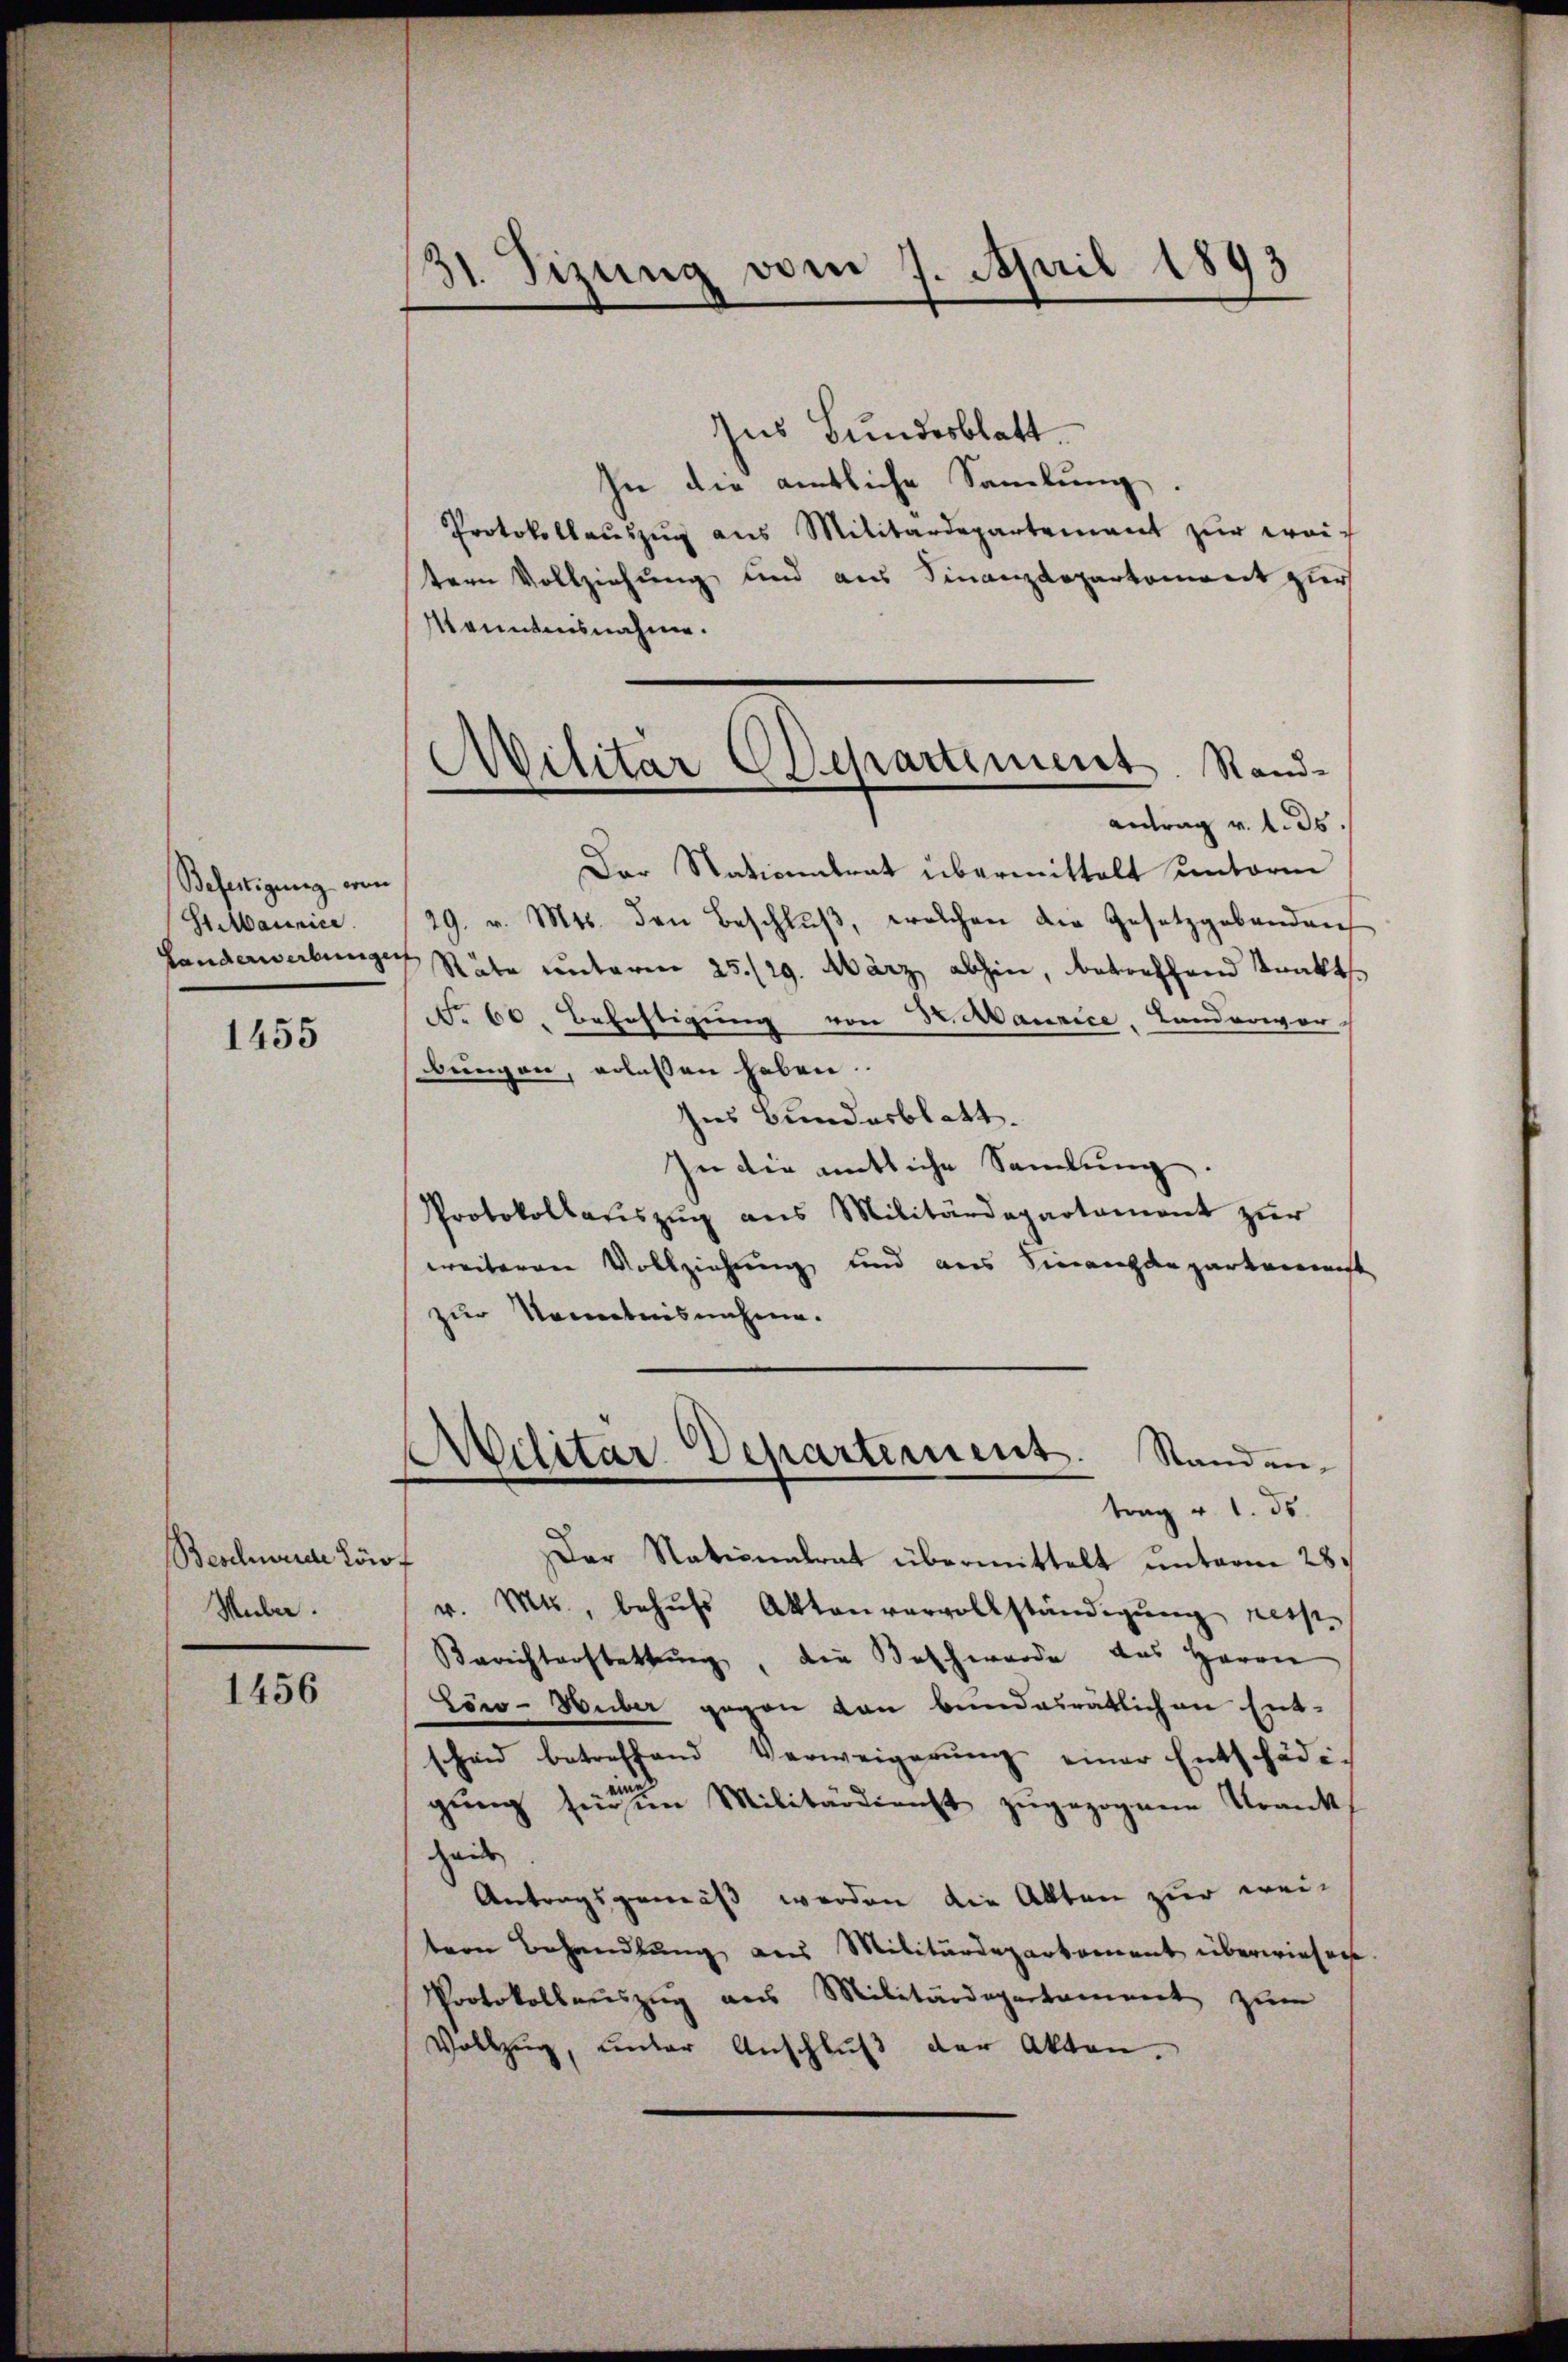
Befertigung ein
St Mannice.

1455

Beschwerde Löf
Muber.

1456

31. Sizung vom 1. April 1893

Ins Bundesblatt.
In die amtliche Samlung.
Protokollaŭszŭg ans Militärdepartement zŭr weitern Vollziehung und aus Finanzdeparkoment zur
Manntensnahme.
Der Nationalrat übermittelt unterm
19. v. Mts. den Beschlŭβ, welchen die Gesetzgebendens
Landerwerbungen Räte unterm 25./29. März abhin, betreffend Trakts
No. 60. Befestigung von 3. Maurice, Landerwer
bungen, erlassen haben.
Ins Bundesblatt.
In die entliche Samlung.
Protokollaŭszŭg ans Militärdepartament zŭr
weiteren Vollziehung und aus Finanzauparkamenst
zur Kenntnisnahme.
Ailitar Departement. Standen,
f
trag v. 1. ds.
Der Nationalrat übermittelt unterm 28.
v. Mts., behŭfs Aktenvervollständigŭng reis¬
Berichterstattŭng, die Beschwerde das Herrn
Löw-Huber gegen von bundesrätlichen Ent-
scheid betreffend Verweigerŭng einer Entschädian
gŭng heren Militärdienst zugezogenen Krank
Heite
Antragsgemäß werden die Akten zur weitern Behandlung aus Militärdepartement überwiesene
Protokollauszug aus Militärdepartament zum
Vollzug, unter Anschlŭβ der Akten.

Militar Departement. Rand-
Antrag v. 1. ds.